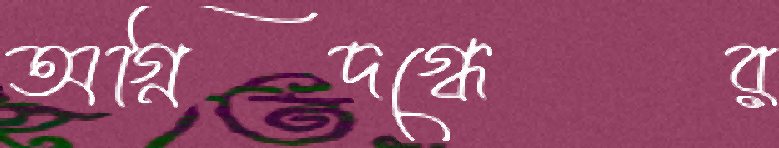
অগ্নিদগ্ধের